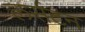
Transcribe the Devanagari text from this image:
लर्सटन